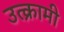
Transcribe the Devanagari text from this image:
उत्क्रामी